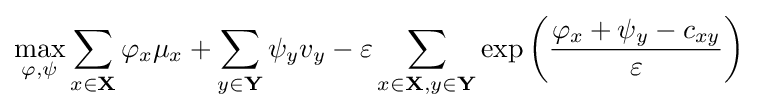
\max _{\varphi ,\psi }\sum _{x\in \mathbf {X} }\varphi _{x}\mu _{x}+\sum _{y\in \mathbf {Y} }\psi _{y}v_{y}-\varepsilon \sum _{x\in \mathbf {X} ,y\in \mathbf {Y} }\exp \left({\frac {\varphi _{x}+\psi _{y}-c_{xy}}{\varepsilon }}\right)